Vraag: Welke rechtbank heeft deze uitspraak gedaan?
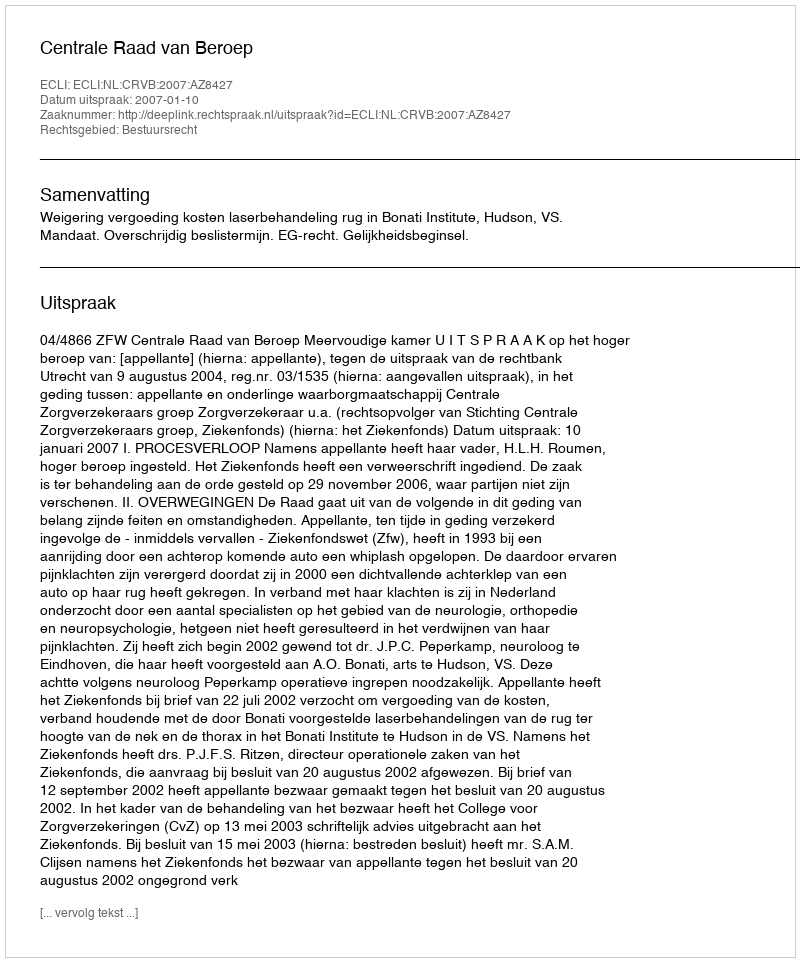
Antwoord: Centrale Raad van Beroep